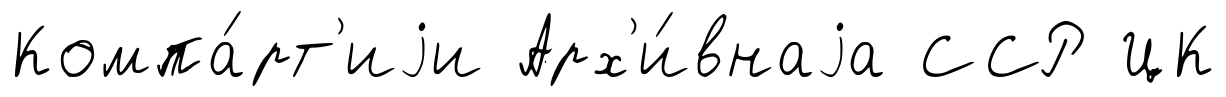
Компа́рт'иjи Арх'и́внаjа ССР ЦК